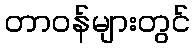
တာဝန်များတွင်